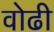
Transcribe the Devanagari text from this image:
वोढी